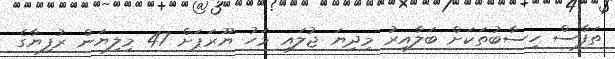
ތަފާސް ހިސާބުތަކަށް ބަލާއިރު މިދިޔަ ޖުލައި މަހު ޔޫރަޕަށް 47 މިލިޔަން ރުފިޔާގެ